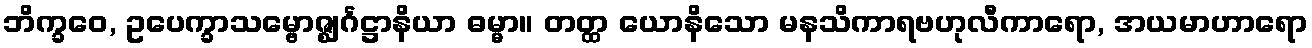
ဘိက္ခဝေ, ဥပေက္ခာသမ္ဗောဇ္ဈင်္ဂဋ္ဌာနိယာ ဓမ္မာ။ တတ္ထ ယောနိသော မနသိကာရဗဟုလီကာရော, အယမာဟာရော